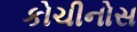
કોચીનોસ